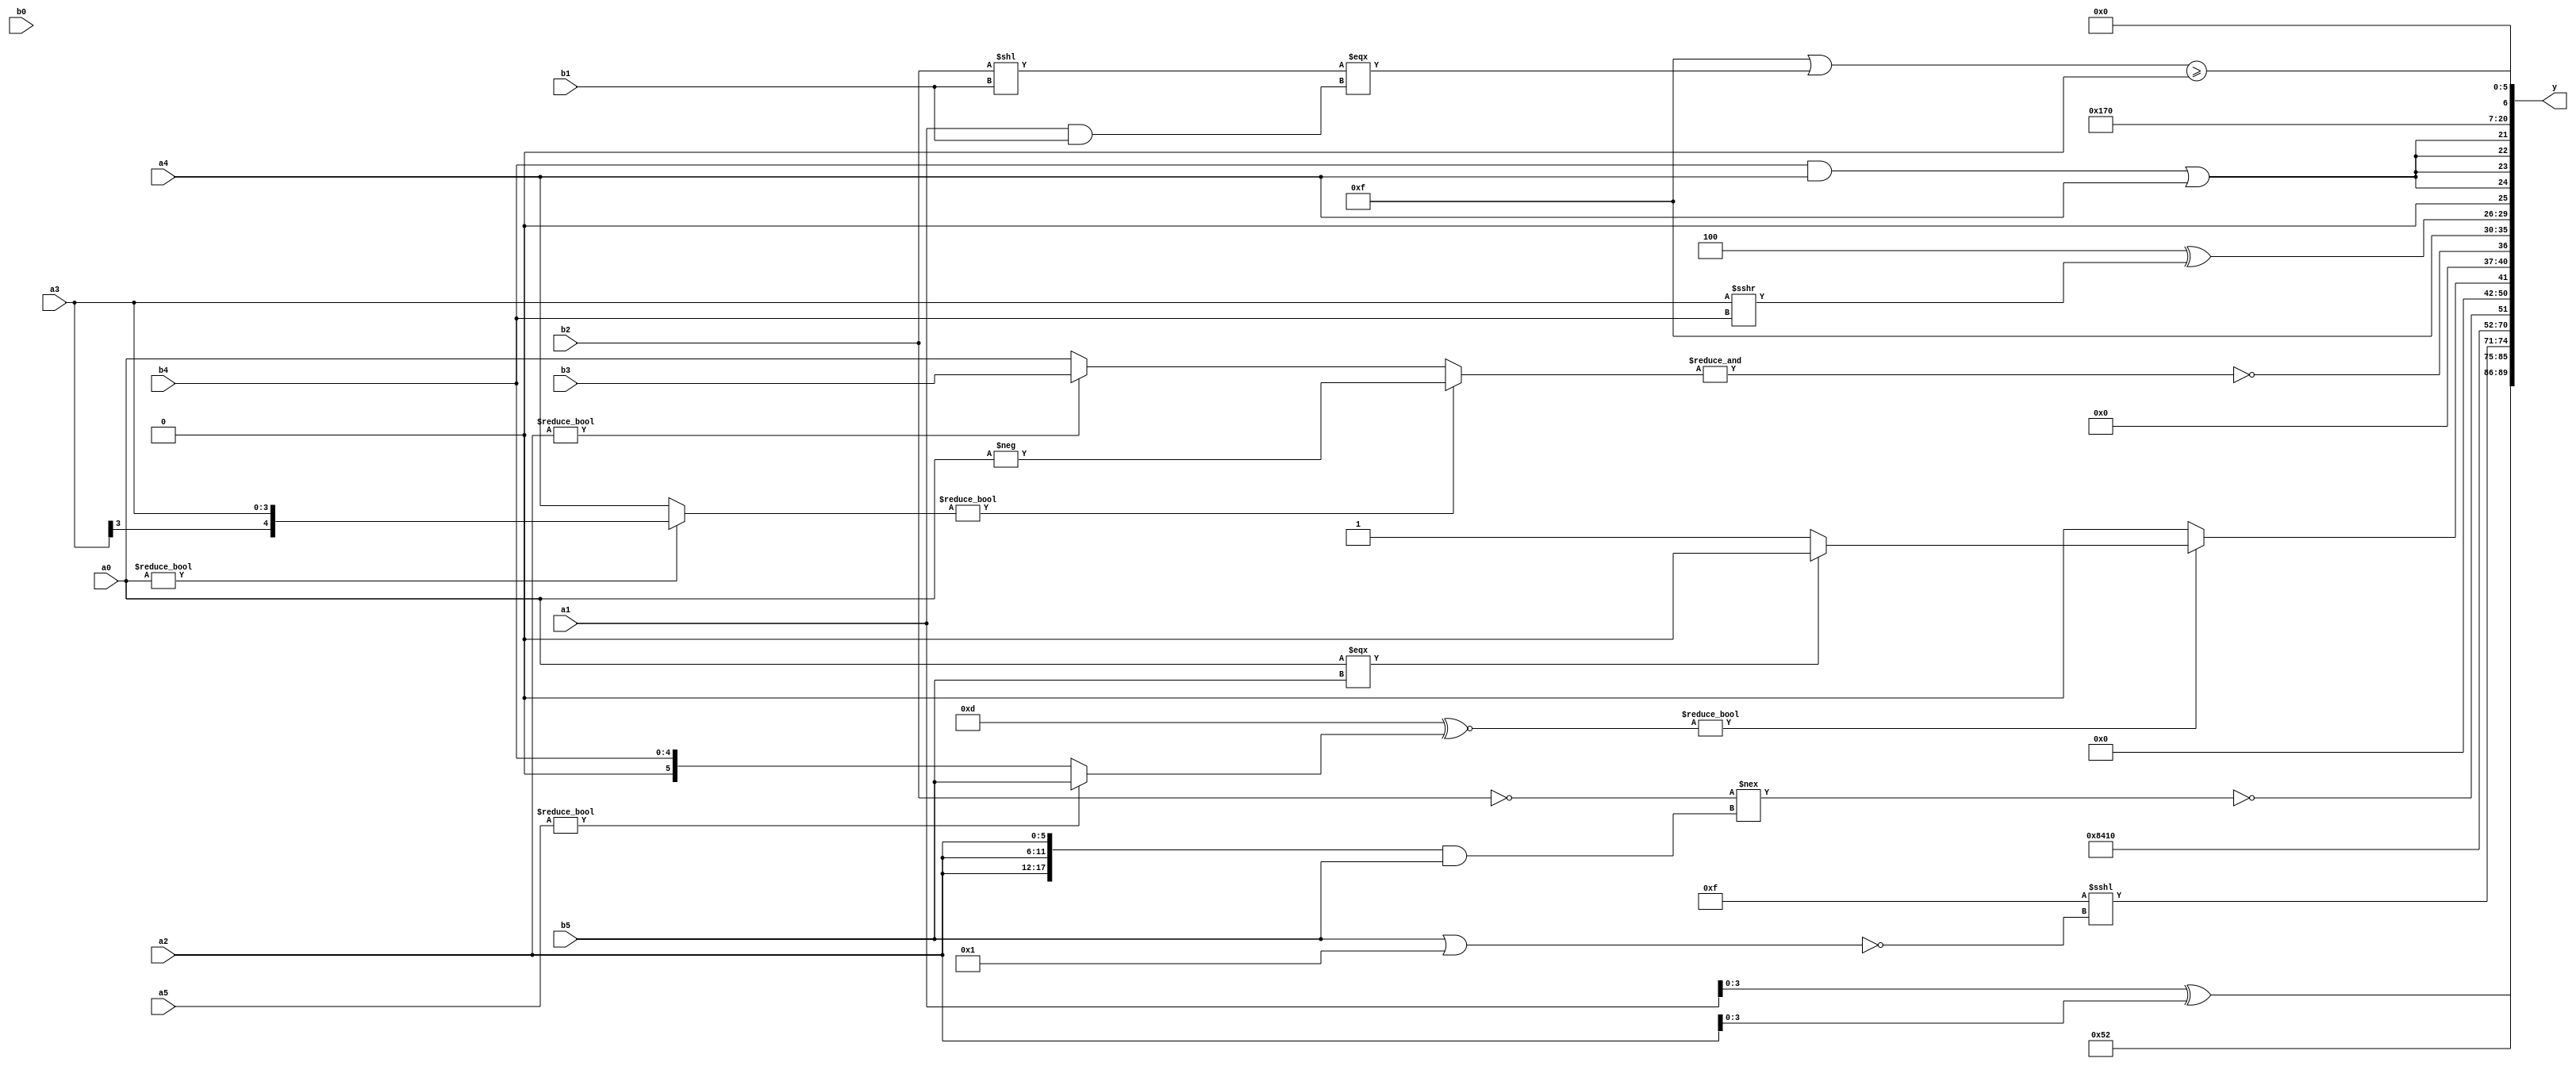
module expression_00252(a0, a1, a2, a3, a4, a5, b0, b1, b2, b3, b4, b5, y);
  input [3:0] a0;
  input [4:0] a1;
  input [5:0] a2;
  input signed [3:0] a3;
  input signed [4:0] a4;
  input signed [5:0] a5;

  input [3:0] b0;
  input [4:0] b1;
  input [5:0] b2;
  input signed [3:0] b3;
  input signed [4:0] b4;
  input signed [5:0] b5;

  wire [3:0] y0;
  wire [4:0] y1;
  wire [5:0] y2;
  wire signed [3:0] y3;
  wire signed [4:0] y4;
  wire signed [5:0] y5;
  wire [3:0] y6;
  wire [4:0] y7;
  wire [5:0] y8;
  wire signed [3:0] y9;
  wire signed [4:0] y10;
  wire signed [5:0] y11;
  wire [3:0] y12;
  wire [4:0] y13;
  wire [5:0] y14;
  wire signed [3:0] y15;
  wire signed [4:0] y16;
  wire signed [5:0] y17;

  output [89:0] y;
  assign y = {y0,y1,y2,y3,y4,y5,y6,y7,y8,y9,y10,y11,y12,y13,y14,y15,y16,y17};

  localparam [3:0] p0 = ((-4'sd1)>>(5'd0));
  localparam [4:0] p1 = (-5'sd11);
  localparam [5:0] p2 = ((((-2'sd0)!==(4'd12))!==((2'd1)>=(3'd4)))?((-3'sd1)?(2'd3):(4'd10)):((5'd29)?(5'd6):(5'd22)));
  localparam signed [3:0] p3 = {3{(4'd2 * ((2'd0)-(5'd20)))}};
  localparam signed [4:0] p4 = {4{{3{(-3'sd3)}}}};
  localparam signed [5:0] p5 = {{(5'd27),(-4'sd4),(2'd1)},(4'sd4)};
  localparam [3:0] p6 = {1{((2'sd1)?(5'sd4):(-3'sd1))}};
  localparam [4:0] p7 = {(((5'sd13)?(2'd3):(2'd3))&&((3'd2)?(2'sd0):(2'sd1))),((4'd12)?(4'sd1):(3'sd0))};
  localparam [5:0] p8 = (({(5'sd0),(2'd1),(2'sd0)}<={3{(5'd16)}})!={3{(-2'sd0)}});
  localparam signed [3:0] p9 = ({2{((3'd7)>=(5'sd1))}}>>{1{({3{(4'd12)}}^~{3{(5'sd14)}})}});
  localparam signed [4:0] p10 = (2'd2);
  localparam signed [5:0] p11 = {3{(~&(|(~&(4'd7))))}};
  localparam [3:0] p12 = {3{(-((-2'sd1)>(4'd1)))}};
  localparam [4:0] p13 = ((((2'd3)&(2'd1))*((2'd2)-(3'sd2)))<((+(~&(-4'sd7)))+(3'sd0)));
  localparam [5:0] p14 = {{3{(3'd6)}}};
  localparam signed [3:0] p15 = ((-5'sd9)?((4'sd3)?(3'sd1):(2'd1)):(5'd31));
  localparam signed [4:0] p16 = ({(4'd2),(3'sd1),(3'd1)}^~{{(2'd3),(2'd0)}});
  localparam signed [5:0] p17 = (((3'sd3)>>>(4'sd0))>=((-4'sd3)>=(-3'sd0)));

  assign y0 = (a1^a2);
  assign y1 = ((-4'sd0)<=(4'sd7));
  assign y2 = (5'd18);
  assign y3 = ({1{(5'sd15)}}<<<(((4'sd0)||(5'd11))^(-(b5||p17))));
  assign y4 = (6'd2 * {1{(p1>=p8)}});
  assign y5 = {{{(a0>=p7)}},{{p10},{p14}},{{{4{p6}}}}};
  assign y6 = (|{(-4'sd1),(5'sd0),(+p9)});
  assign y7 = (~^(-((&$unsigned($signed({2{(!b2)}})))!==({3{a2}}&&(+(+b5))))));
  assign y8 = (2'sd0);
  assign y9 = (({{p4}}^~(a5?b5:b4))?((a0===b5)?(~|p4):(^p8)):(|((p5>=p5)<<<(+{p16,p13}))));
  assign y10 = (~&((a0?a3:a4)?(-a0):(a2?b3:a0)));
  assign y11 = {4{(((4'd2 * p14)!=(b0!=p17)))}};
  assign y12 = ((-4'sd4)^(a3>>>b4));
  assign y13 = {4{((b4&&a4)||$unsigned(a4))}};
  assign y14 = ((p17?p16:p12)>$unsigned(p1));
  assign y15 = (5'sd7);
  assign y16 = ((((p0*p17)^(p15!=p13))||((b2<<b1)===(a1&&b1)))>=(((p7^p8)*(p17!=p15))!=((p9^p1)%p7)));
  assign y17 = ((p9&&p6)*(2'd2));
endmodule